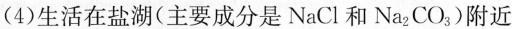
(4)生活在盐湖(主要成分是 NaCl 和Na_{2}CO_{3})附近